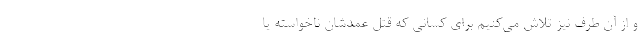
و از آن طرف نیز تلاش می‌کنیم برای کسانی که قتل عمدشان ناخواسته یا